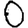
Digit: 0